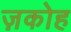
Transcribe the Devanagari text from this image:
ज़कोह